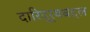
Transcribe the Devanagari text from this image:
दारिद्‌र्‍यबद्दल